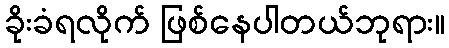
ခိုးခံရလိုက် ဖြစ်နေပါတယ်ဘုရား။